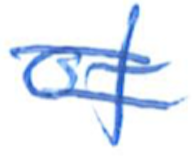
Text: of
Cross-out: double-line
Writing tool: ballpoint